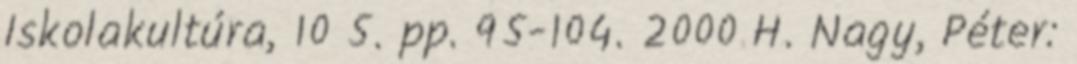
Iskolakultúra, 10 5. pp. 95-104. 2000 H. Nagy, Péter: